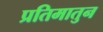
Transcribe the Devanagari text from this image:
प्रतिमातुन